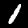
Digit: 1